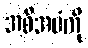
အစီအမံကို